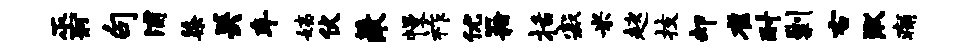
巫舸句浦染关车姨伏蔽幔祚优籍括寂米趑技却雀耐剿右湫痛